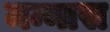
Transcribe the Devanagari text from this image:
मन्नास